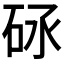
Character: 𥑝